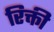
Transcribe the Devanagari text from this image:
रिक्ती